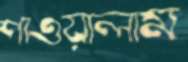
পাওয়ালাম